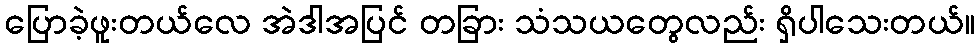
ပြောခဲ့ဖူးတယ်လေ အဲဒါအပြင် တခြား သံသယတွေလည်း ရှိပါသေးတယ်။